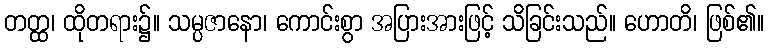
တတ္ထ၊ ထိုတရား၌။ သမ္ပဇာနော၊ ကောင်းစွာ အပြားအားဖြင့် သိခြင်းသည်။ ဟောတိ၊ ဖြစ်၏။